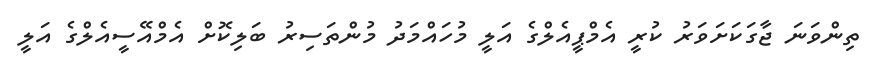
ތިންވަނަ ޖާގަކަށަވަރު ކުރީ އެމްޕީއެލްގެ އަލީ މުހައްމަދު މުންތަސިރު ބަލިކޮށް އެމްއޭސީއެލްގެ އަލީ